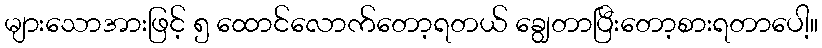
များသောအားဖြင့် ၅ ထောင်လောက်တော့ရတယ် ချွေတာပြီးတော့စားရတာပေါ့။